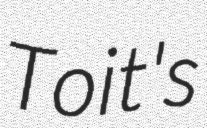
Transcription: Toit's